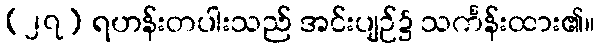
(၂၇) ရဟန်းတပါးသည် အင်းပျဉ်၌ သင်္ကန်းထား၏။